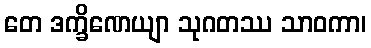
တေ ဒက္ခိဏေယျာ သုဂတဿ သာဝကာ၊